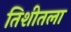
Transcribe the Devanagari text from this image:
तिशीतला